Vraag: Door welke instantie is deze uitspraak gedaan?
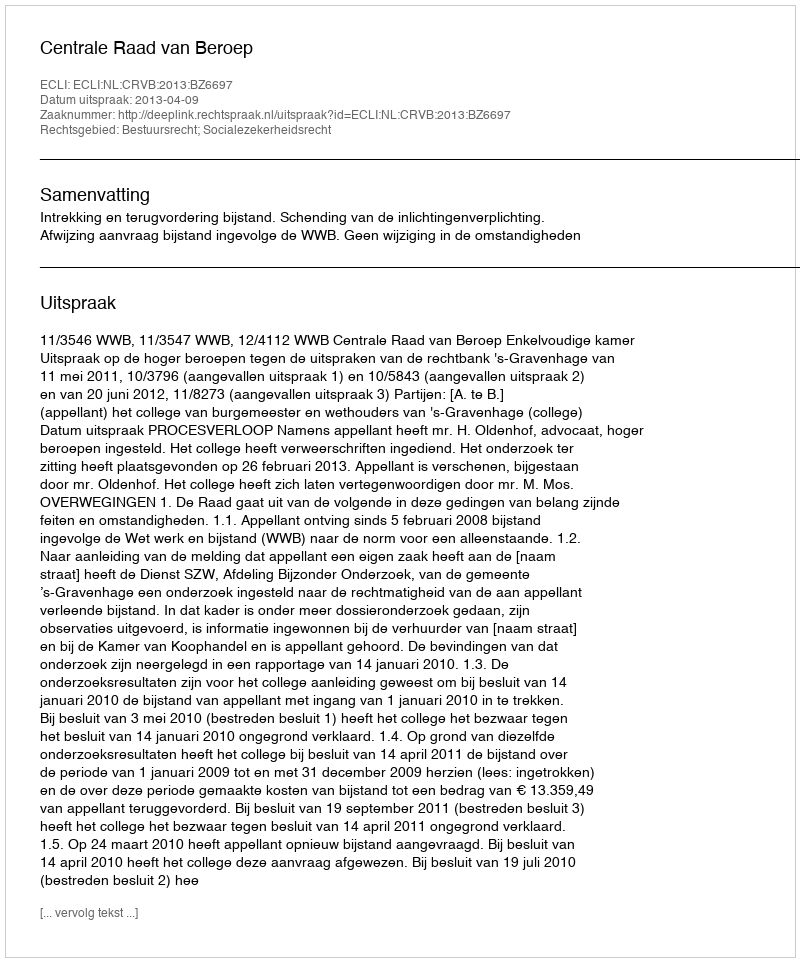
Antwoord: Centrale Raad van Beroep